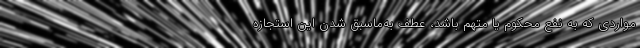
مواردی که به نفع محکوم یا متهم باشد، عطف به‌ماسبق شدن این استجازه